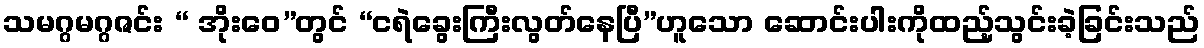
သမဂ္ဂမဂ္ဂဇင်း “ အိုးဝေ”တွင် “ငရဲခွေးကြီးလွတ်နေပြီ”ဟူသော ဆောင်းပါးကိုထည့်သွင်းခဲ့ခြင်းသည်